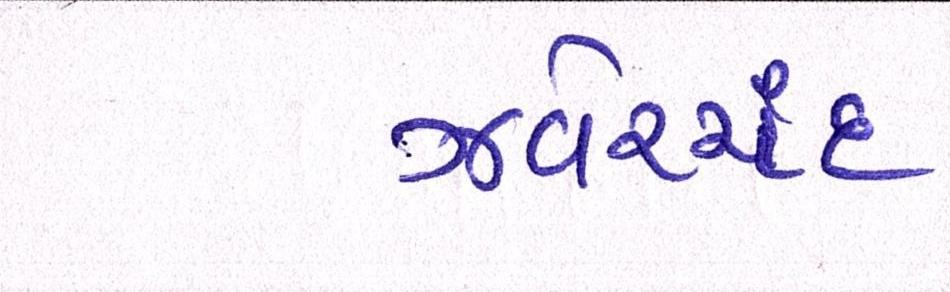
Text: ઝવેરચંદ